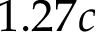
1 . 2 7 c